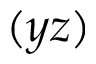
( y z )